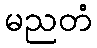
မညတံ